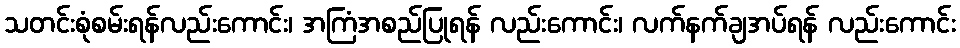
သတင်းစုံစမ်းရန်လည်းကောင်း၊ အကြံအစည်ပြုရန် လည်းကောင်း၊ လက်နက်ချအပ်ရန် လည်းကောင်း